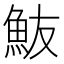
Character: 𩵼